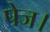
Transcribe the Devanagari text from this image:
पेज।